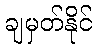
ချမှတ်နိုင်